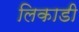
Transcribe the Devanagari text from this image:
लिकाडी